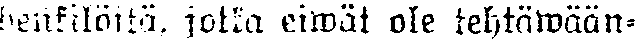
henfilöitä, jotka eiwät ole tehtäwään-